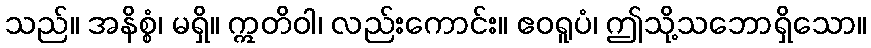
သည်။ အနိစ္စံ၊ မရှိ။ ဣတိဝါ၊ လည်းကောင်း။ ဧဝရူပံ၊ ဤသို့သဘောရှိသော။